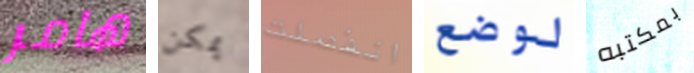
هامر يمكن انفصلت لوضع بمكتبه